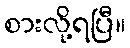
စားလို့ရပြီ။